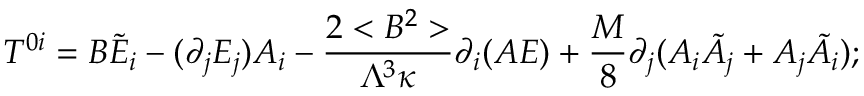
T ^ { 0 i } = B \tilde { E } _ { i } - ( \partial _ { j } E _ { j } ) A _ { i } - \frac { 2 < B ^ { 2 } > } { \Lambda ^ { 3 } \kappa } \partial _ { i } ( A E ) + \frac { M } { 8 } \partial _ { j } ( A _ { i } \tilde { A } _ { j } + A _ { j } \tilde { A } _ { i } ) ;